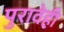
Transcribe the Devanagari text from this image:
पुरावेही